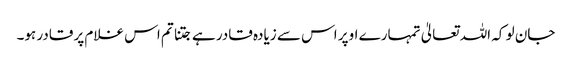
جان لو کہ اللہ تعالیٰ تمہارے اوپر اس سے زیادہ قادر ہے جتنا تم اس غلام پر قادر ہو۔